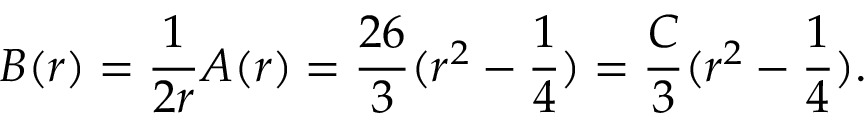
B ( r ) = \frac { 1 } { 2 r } A ( r ) = \frac { 2 6 } { 3 } ( r ^ { 2 } - \frac { 1 } { 4 } ) = \frac { C } { 3 } ( r ^ { 2 } - \frac { 1 } { 4 } ) .